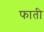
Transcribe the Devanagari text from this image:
फाती